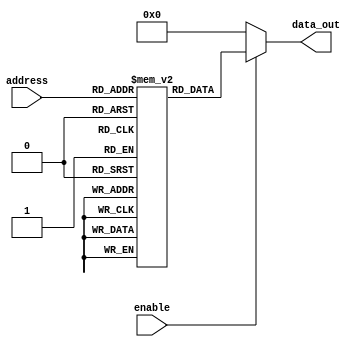
module parameterized_rom #(    
    parameter ADDR_WIDTH = 4,  // Address width, default is 4
    parameter DATA_WIDTH = 8   // Data width, default is 8
)(
    input  wire [ADDR_WIDTH-1:0] address,  // Address input
    input  wire enable,                     // Enable signal
    output reg  [DATA_WIDTH-1:0] data_out   // Data output
);

    // Memory array declaration
    reg [DATA_WIDTH-1:0] rom [(2**ADDR_WIDTH)-1:0];

    // Initial block to initialize ROM with constant values
    initial begin
        // Example initialization (change based on specific needs)
        rom[0] = 8'h00;
        rom[1] = 8'h01;
        rom[2] = 8'h02;
        rom[3] = 8'h03;
        rom[4] = 8'h04;
        rom[5] = 8'h05;
        rom[6] = 8'h06;
        rom[7] = 8'h07;
        // ... continue initializing as needed, up to 2**ADDR_WIDTH entries
    end

    // Combinational logic for ROM read operation
    always @(*) begin
        if (enable) begin
            data_out = rom[address]; // Output the data at the specified address when enabled
        end else begin
            data_out = {DATA_WIDTH{1'b0}}; // Output zeros when not enabled
        end
    end
endmodule